Report of the Indian Hemp Drugs Commission, 1894-1895 - Volume V
Year: 1894
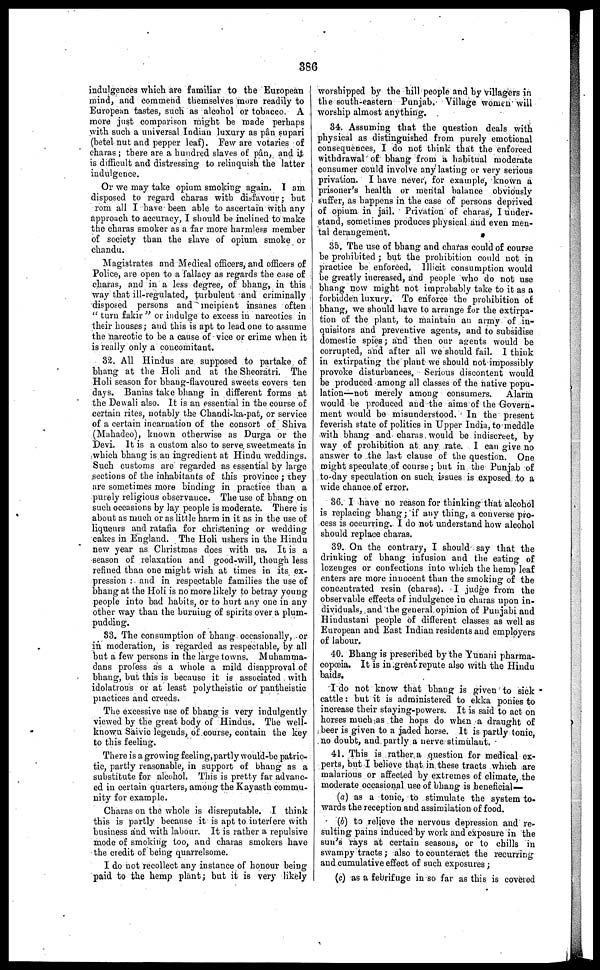
386
indulgences which are familiar to the European
mind, and commend themselves more readily to
European tastes, such as alcohol or tobacco. A
more just comparison might be made perhaps
with such a universal Indian luxury as pân supari
(betel nut and pepper leaf). Few are votaries of
charas; there are a hundred slaves of pân, and it
is difficult and distressing to relinquish the latter
indulgence.
Or we may take opium smoking again. I am
disposed to regard charas with disfavour; hut
rom all I have been able to ascertain with any
approach to accuracy, I should be inclined to make
the charas smoker as a far more harmless member
of society than the slave of opium smoke or
chandu.
Magistrates and Medical officers, and officers of
Police, are open to a fallacy as regards the case of
charas, and in a less degree, of bhang, in this
way that ill-regulated, turbulent and criminally
disposed persons and incipient insanes often
"turn fakir" or indulge to excess in narcotics in
their houses; and this is apt to lead one to assume
the narcotic to be a cause of vice or crime when it
is really only a concomitant.
32. All Hindus are supposed to partake of
bhang at the Holi and at the Sheoratri. The
Holi season for bhang-flavoured sweets covers ten
days. Banias take bhang in different forms at
the Dewali also. It is an essential in the course of
certain rites, notably the Chandi-ka-pat, or service
of a certain incarnation of the consort of Shiva
(Mahadeo), known otherwise as Durga or the
Devi. It is a custom also to serve sweetmeats in
which bhang is an ingredient at Hindu weddings.
Such customs are regarded as essential by large
sections of the inhabitants of this province; they
are sometimes more binding in practice than a
purely religious observance. The use of bhang on
such occasions by lay people is moderate. There is
about as much or as little harm in it as in the use of
liqueurs and ratafia for christening or wedding
cakes in England. The Holi ushers in the Hindu
new year as Christmas does with us. It is a
season of relaxation and good-will, though less
refined than one might wish at times in its ex-
pression: and in respectable families the use of
bhang at the Holi is no more likely to betray young
people into bad habits, or to hurt any one in any
other way than the burning of spirits over a plum-
pudding.
83. The consumption of bhang occasionally, or
in moderation, is regarded as respectable, by all
but a few persons in the large towns. Muhamma-
dans profess as a whole a mild disapproval of
bhang, but this is because it is associated with
idolatrous or at least polytheistic or pantheistic
practices and creeds.
The excessive use of bhang is very indulgently
viewed by the great body of Hindus. The well-
known Saivic legends, of course, contain the key
to this feeling.
There is a growing feeling, partly would-be patrio-
tic, partly reasonable, in support of bhang as a
substitute for alcohol. This is pretty far advanc-
ed in certain quarters, among the Kayasth commu-
nity for example.
Charas on the whole is disreputable. I think
this is partly because it is apt to interfere with
business and with labour. It is rather a repulsive
mode of smoking too, and charas smokers have
the credit of being quarrelsome.
I do not recollect any instance of honour being
paid to the hemp plant; but it is very likely
worshipped by the hill people and by villagers in
the south-eastern Punjab. Village women will
worship almost anything.
34. Assuming that the question deals with
physical as distinguished from purely emotional
consequences, I do not think that the enforced
withdrawal of bhang from a habitual moderate
consumer could involve any lasting or very serious
privation. I have never, for example, known a
prisoner's health or mental balance obviously
suffer, as happens in the case of persons deprived
of opium in jail. Privation of chains, I under-
stand, sometimes produces physical and even men-
tal derangement.
35. The use of bhang and charas could of course
be prohibited; but the prohibition could not in
practice be enforced. Illicit consumption would
be greatly increased, and people who do not use
bhang now might not improbably take to it as a
forbidden luxury. To enforce the prohibition of
bhang, we should have to arrange for the extirpa-
tion of the plant, to maintain an army of in-
quisitors and preventive agents, and to subsidise
domestic spies; and then our agents would be
corrupted, and after all we should fail. 1 think
in extirpating the plant we should not impossibly
provoke disturbances. Serious discontent would
be produced among all classes of the native popu-
lation—not merely among consumers.
Alarm
would be produced and the aims of the Govern-
ment would bo misunderstood. In the present
feverish state of politics in Upper India, to meddle
with bhang and charas would be indiscreet, by
way of prohibition at any rate. I can give no
answer to the last clause of the question. One
might speculate of course; but in the Punjab of
to-day speculation on such issues is exposed to a
wide chance of error.
36. I have no reason for thinking that alcohol
is replacing bhang; if any thing, a converse pro-
cess is occurring. I do not understand how alcohol
should replace charas.
39. On the contrary, I should say that the
drinking of bhang infusion and the eating of
lozenges or confections into which the hemp leaf
enters are more innocent than the smoking of the
concentrated resin (charas). I judge from the
observable effects of indulgence in charas upon in-
dividuals, and the general opinion of Punjabi and
Hindustani people of different classes as well as
European and East Indian residents and employers
of labour.
40. Bhang is prescribed by the Yunani pharma-
copoeia. It is in great repute also with the Hindu
baids.
I do not know that bhang is given to sick
cattle: but it is administered to ekka ponies to
increase their staying-powers. It is said to act on
horses much as the hops do when a draught of
beer is given to a jaded horse. It is partly tonic,
no doubt, and partly a nerve stimulant.
41. This is rather a question for medical ex-
perts, but I believe that in these tracts which are
malarious or affected by extremes of climate, the
moderate occasional use of bhang is beneficial—
(a) as a tonic, to stimulate the system to-
wards the reception and assimilation of food.
(b) to relieve the nervous depression and re-
sulting pains induced by work and exposure in the
sun's rays at certain seasons, or to chills in
swampy tracts; also to counteract the recurring
and cumulative effect of such exposures;
(c) as a febrifuge in so far as this is covered